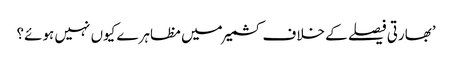
’بھارتی فیصلے کے خلاف کشمیر میں مظاہرے کیوں نہیں ہوئے؟